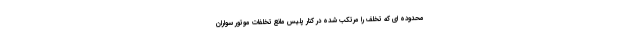
محدوده ای که تخلف را مرتکب شده در کنار پلیس مانع تخلفات موتور سواران